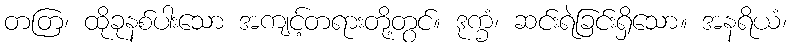
တတြ၊ ထိုခုနစ်ပါးသော အကျင့်တရားတို့တွင်။ ဒုက္ခံ၊ ဆင်းရဲခြင်းရှိသော။ အနရိယံ၊